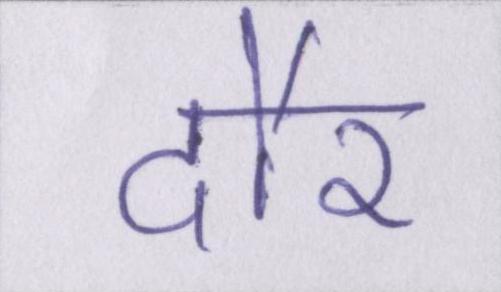
दौर